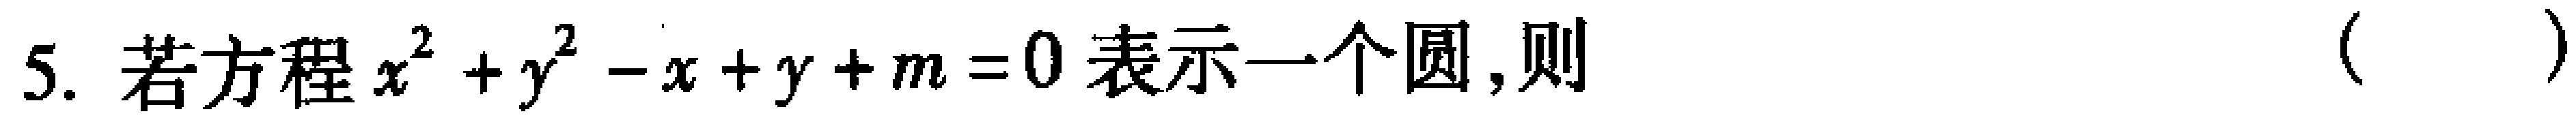
5. 若方程$x^{2}+y^{2}-x + y + m = 0$表示一个圆，则（  ）